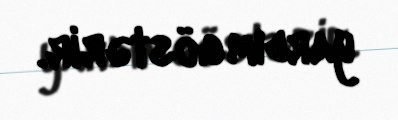
yardım göstərir.